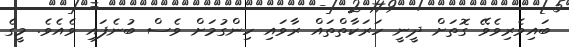
ބައިވެރިވެވޭ ގޮތަށް ދީނީ ހަރަކާތްތައް ރާވައި ހިންގުމަށް ވެސް ބުނެފައި ވެއެވެ. މީގެ